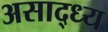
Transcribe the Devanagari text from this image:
असाद्ध्य